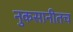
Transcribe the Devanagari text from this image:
नुकसानीतच